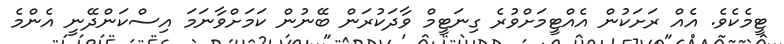
ޓީމެކެވެ. އެއް ރަށަކުން އެއްޓީމަށްވުރެ ގިނަޓީމް ވާދަކުރަން ބޭނުން ކަމަށްވާނަމަ އިސްކަންދޭނީ އެންމެ